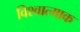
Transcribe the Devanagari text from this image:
विश्वात्माक